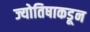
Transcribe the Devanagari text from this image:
ज्योतिषाकडून